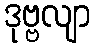
ဒုဗ္ဗလျာ